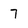
Character: 7